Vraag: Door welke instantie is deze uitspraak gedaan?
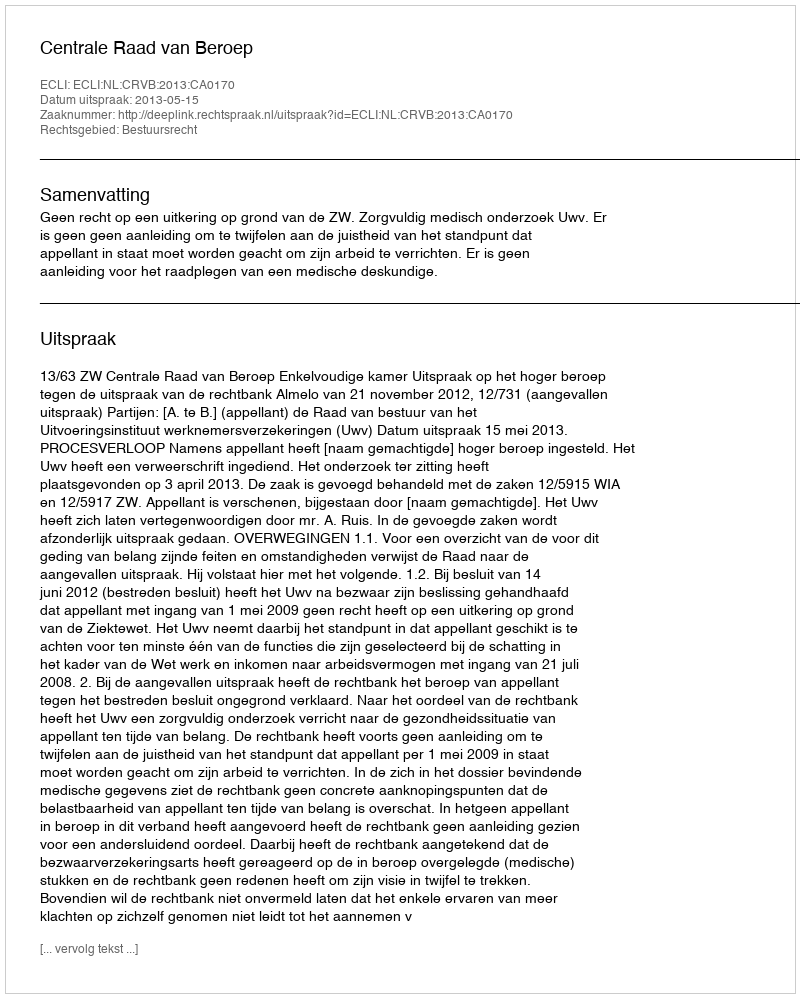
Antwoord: Centrale Raad van Beroep